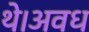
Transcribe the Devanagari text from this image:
थे।अवध